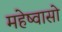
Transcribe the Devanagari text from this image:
महेष्वासो